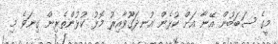
މީގެ ސަބަބުން އޭނާ އަށް ކުޅެން އުނދަގޫވާއިރު މޮޅު ކުޅުންތެރިން ގިނަވެ މި